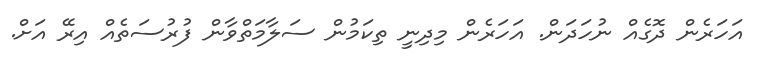
އަހަރެން ދޮގެއް ނުހަދަން. އަހަރެން މިދިނީ ތިކަމުން ސަލާމަތްވާން ފުރުސަތެއް އިރޭ އަށް.